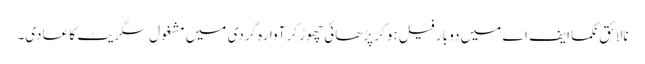
نالائق نکما ایف اے میں دو بار فیل ہو کر پڑھائی چھوڑ کر آوارہ گردی میں مشغول سگریٹ کا عادی۔